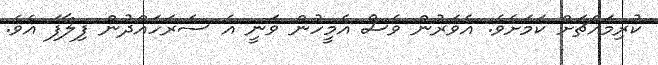
ކުރިމައްޗަށް ކަމަށެވެ. އެވަރުން ވެސް އެމީހުން ވަނީ އެ ސަރަހައްދުން ފިލާފަ އެވެ.